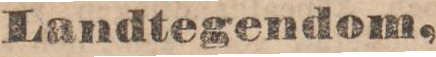
Landtegendom,